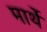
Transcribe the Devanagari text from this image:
मार्थे